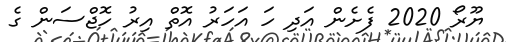
ޔޫރޯ 2020 ފެށެން އަދި ހަ އަހަރު އޮތް އިރު ހޮޖްސަން ގެ